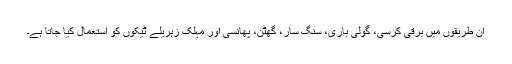
ان طریقوں میں برقی کرسی، گولی باری، سنگ سار، گھٹن، پھانسی اور مہلک زہریلے ٹیکوں کو استعمال کیا جاتا ہے۔